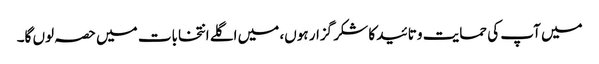
میں آپ کی حمایت و تائید کا شکر گزار ہوں، میں اگلے انتخابات میں حصہ لوں گا۔